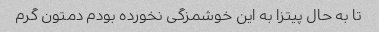
تا به حال پیتزا به این خوشمزگی نخورده بودم دمتون گرم